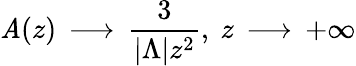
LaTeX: \mathit{A}(z)\, \longrightarrow\, \frac{{3}}{{|{\Lambda}|z^{2}}},~z\, \longrightarrow\, +\infty